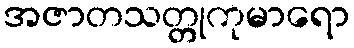
အဇာတသတ္တုကုမာရော